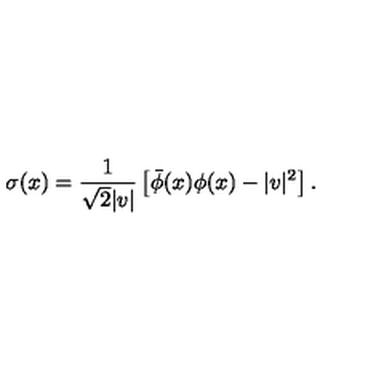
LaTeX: \sigma ( x ) = \frac { 1 } { \sqrt { 2 } | v | } \left[ \bar { \phi } ( x ) \phi ( x ) - | v | ^ { 2 } \right] .